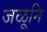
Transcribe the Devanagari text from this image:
जळूनि